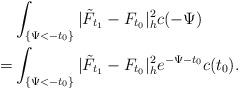
\begin{align*}&\int_{\{\Psi<-t_0\}}|\tilde{F}_{t_1}-F_{t_0}|^2_hc(-\Psi)\\= &\int_{\{\Psi<-t_0\}}|\tilde{F}_{t_1}-F_{t_0}|^2_he^{-\Psi-t_0}c(t_0).\\\end{align*}